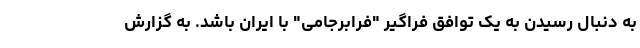
به دنبال رسیدن به یک توافق فراگیر "فرابرجامی" با ایران باشد. به گزارش